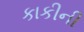
કાકીની